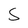
Character: 5